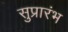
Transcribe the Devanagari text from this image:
सुप्रारंभ